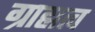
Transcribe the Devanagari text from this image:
ग्राह्मत्व